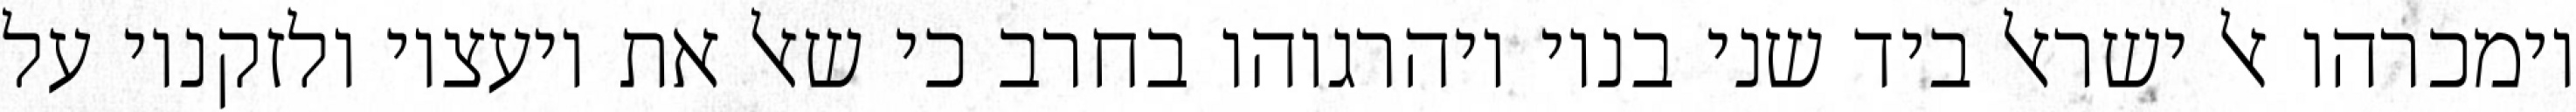
וימכרהו אל ישראל ביד שני בניו ויהרגוהו בחרב כי שאל את יועציו ולזקניו על